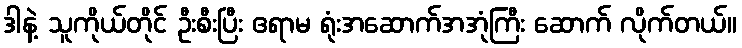
ဒါနဲ့ သူကိုယ်တိုင် ဦးစီးပြီး ဧရာမ ရုံးအဆောက်အအုံကြီး ဆောက် လိုက်တယ်။